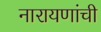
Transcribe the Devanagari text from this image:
नारायणांची